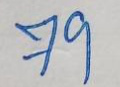
79